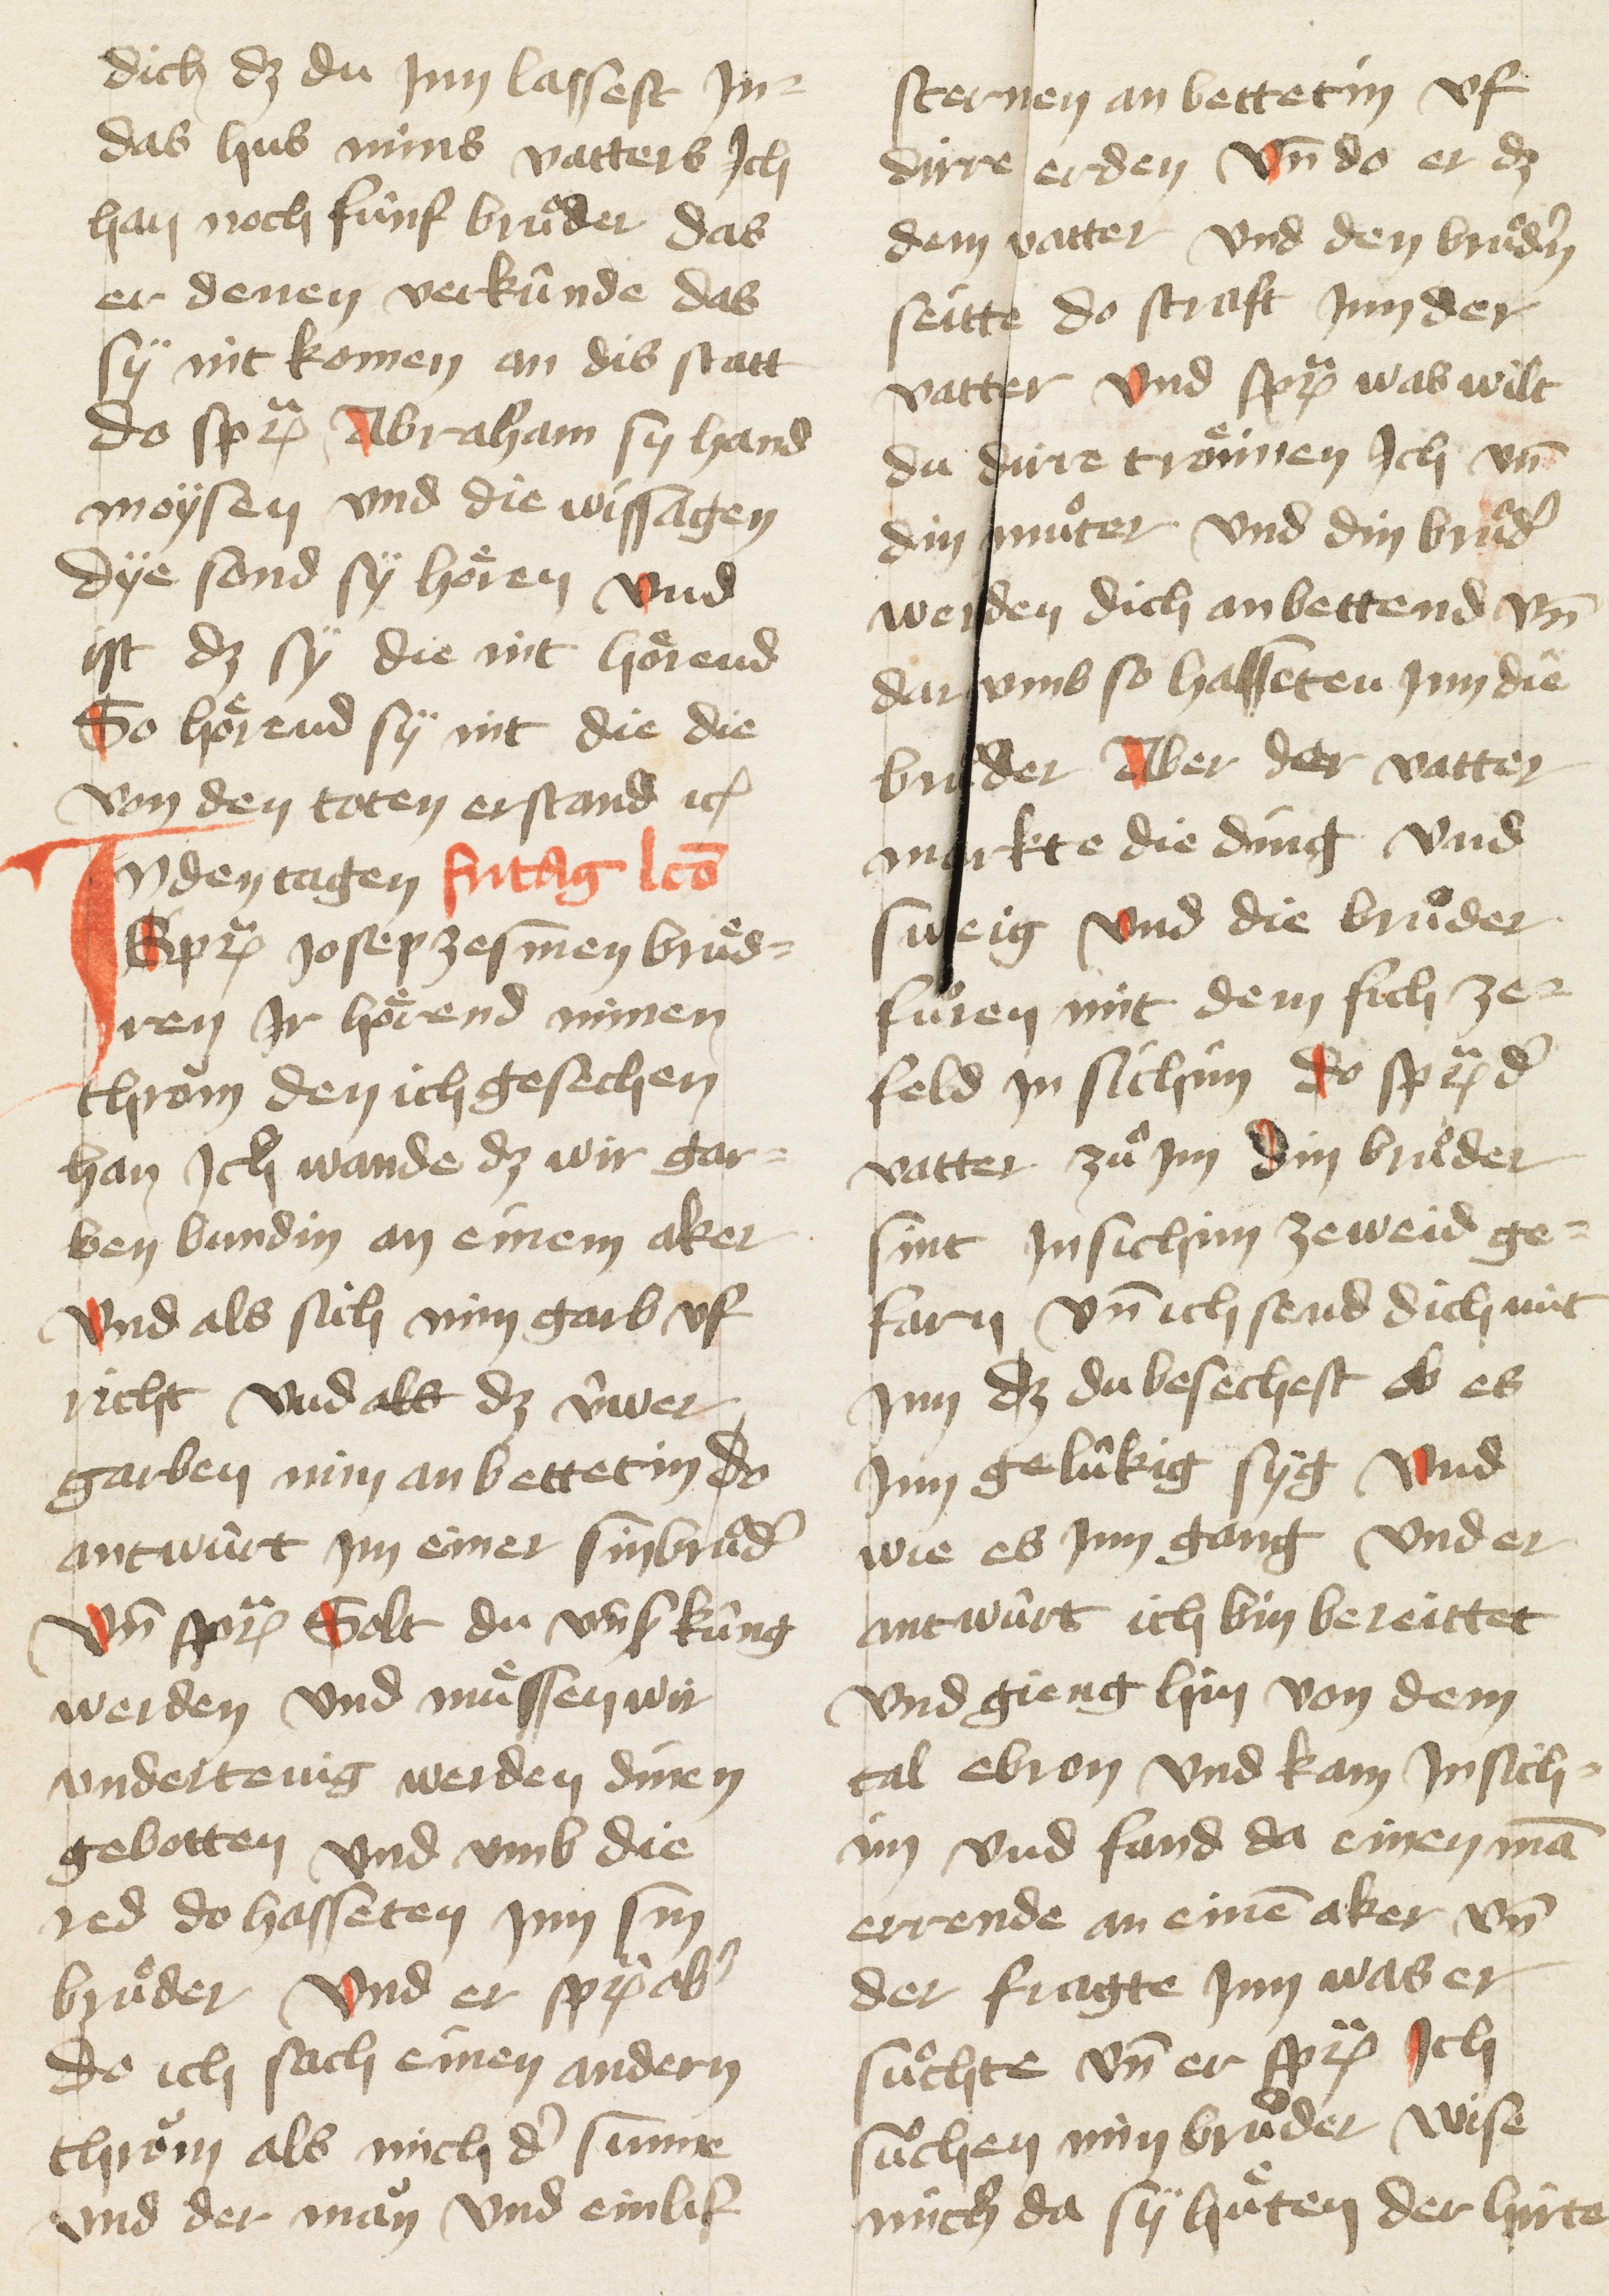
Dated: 1405–1435